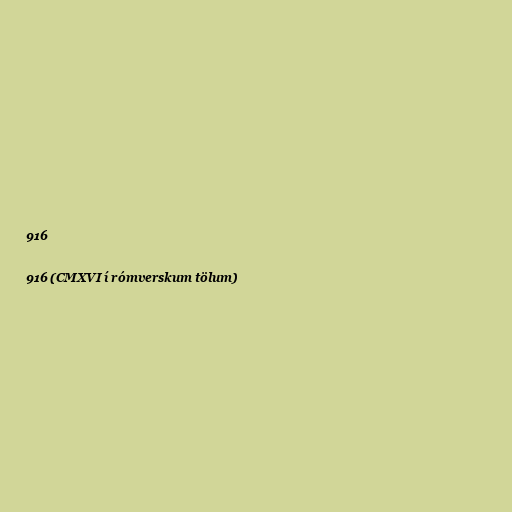
916

916 (CMXVI í rómverskum tölum)